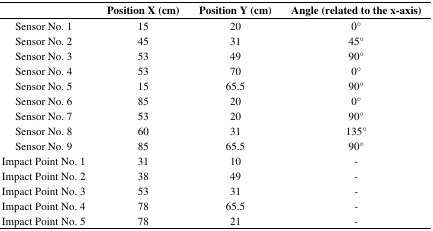
|  | Position X (cm) | Position Y (cm) | Angle (related to the x-axis) |
 | --- | --- | --- | --- |
 | Sensor No. 1 | 15 | 20 | 0° |
 | Sensor No. 2 | 45 | 31 | 45° |
 | Sensor No. 3 | 53 | 49 | 90° |
 | Sensor No. 4 | 53 | 70 | 0° |
 | Sensor No. 5 | 15 | 65.5 | 90° |
 | Sensor No. 6 | 85 | 20 | 0° |
 | Sensor No. 7 | 53 | 20 | 90° |
 | Sensor No. 8 | 60 | 31 | 135° |
 | Sensor No. 9 | 85 | 65.5 | 90° |
 | Impact Point No. 1 | 31 | 10 | - |
 | Impact Point No. 2 | 38 | 49 | - |
 | Impact Point No. 3 | 53 | 31 | - |
 | Impact Point No. 4 | 78 | 65.5 | - |
 | Impact Point No. 5 | 78 | 21 | - |